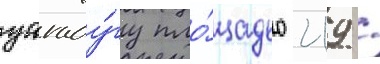
уагаду́гу пло́щадью 219 /